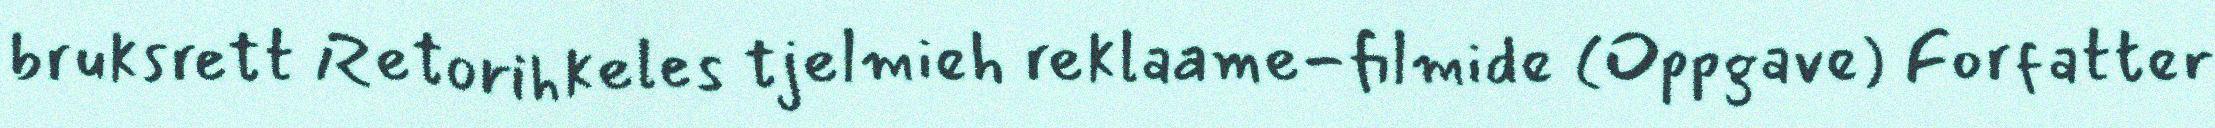
bruksrett Retorihkeles tjelmieh reklaame-filmide (Oppgave) Forfatter